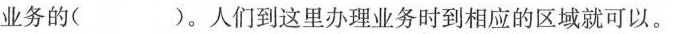
业务的( )。人们到这里办理业务时到相应的区域就可以。